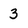
Character: 3